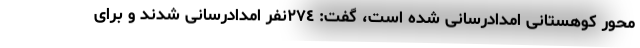
محور کوهستانی امدادرسانی شده است، گفت: ٢٧٤نفر امدادرسانی شدند و برای